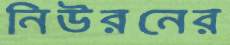
নিউরনের